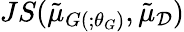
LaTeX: JS(\tilde{\mu}_{G(;\theta_{G})},\tilde{\mu}_{\mathcal{D}})